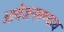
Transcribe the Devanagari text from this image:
आर्यजनगण्याय